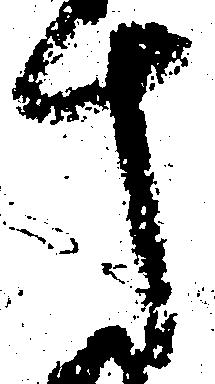
十